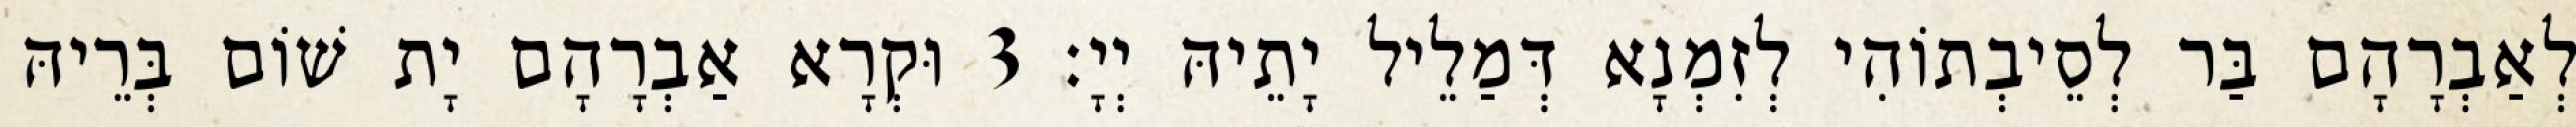
לְאַבְרָהָם בַּר לְסֵיבְתוֹהִי לְזִמְנָא דְּמַלֵיל יָתֵיהּ יְיָ׃ 3 וּקְרָא אַבְרָהָם יָת שׁוֹם בְּרֵיהּ